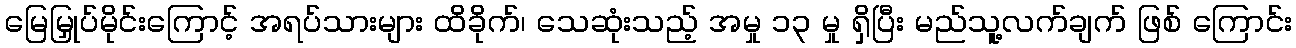
မြေမြှုပ်မိုင်းကြောင့် အရပ်သားများ ထိခိုက်၊ သေဆုံးသည့် အမှု ၁၃ မှု ရှိပြီး မည်သူ့လက်ချက် ဖြစ် ကြောင်း